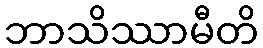
ဘာသိဿာမီတိ